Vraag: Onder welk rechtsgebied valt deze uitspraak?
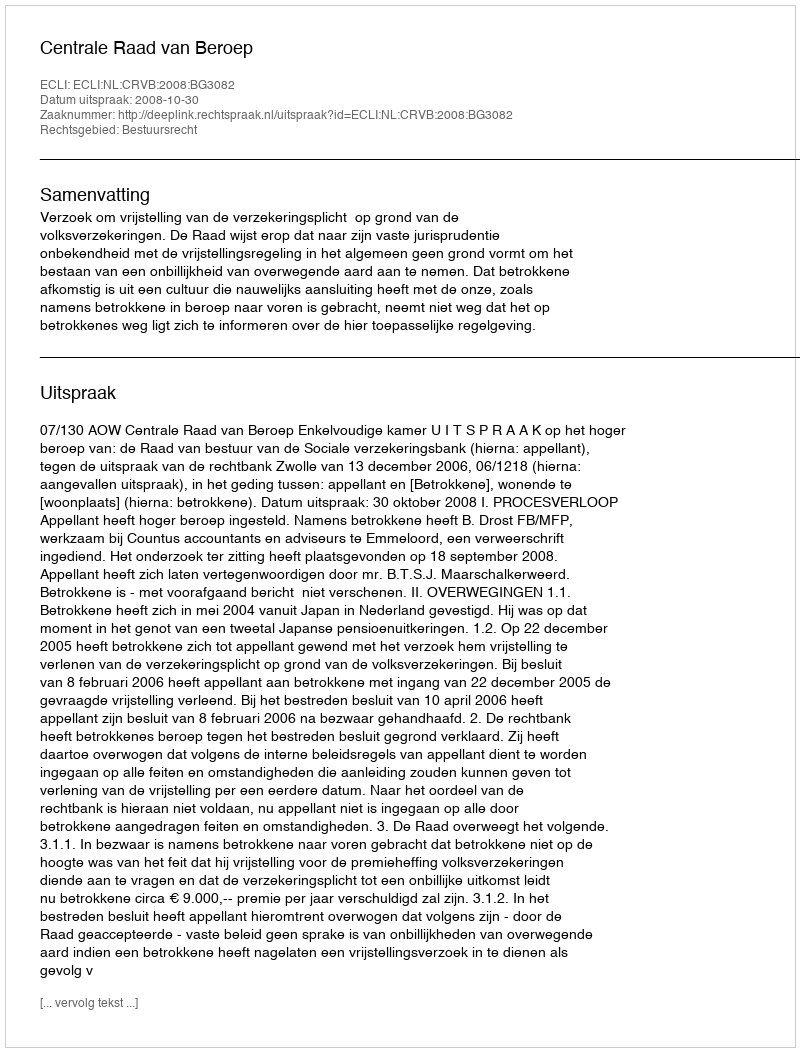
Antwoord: Bestuursrecht